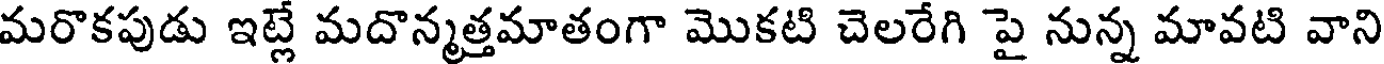
మరొకపుడు ఇట్లే మదొన్మత్తమాతంగా మొకటి చెలరేగి పై నున్న మావటి వాని